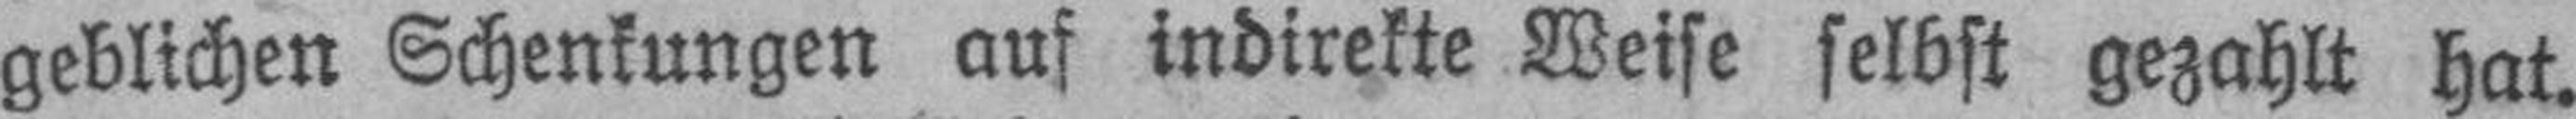
geblichen Schenkungen auf indirekte Weise selbst gezahlt hat.